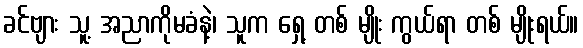
ခင်ဗျား သူ့ အညာကိုမခံနဲ့၊ သူက ရှေ့ တစ် မျိုး ကွယ်ရာ တစ် မျိုးရယ်။